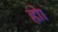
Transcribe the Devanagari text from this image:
होा